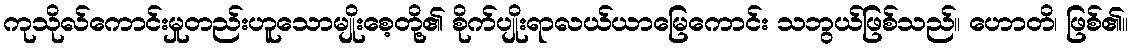
ကုသိုလ်ကောင်းမှုတည်းဟူသောမျိုးစေ့တို့၏ စိုက်ပျိုးရာလယ်ယာမြေကောင်း သဘွယ်ဖြစ်သည်။ ဟောတိ၊ ဖြစ်၏။